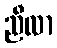
ညီလာ